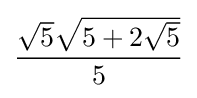
{\frac {{\sqrt {5}}{\sqrt {5+2{\sqrt {5}}}}}{5}}